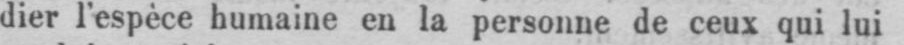
dier l’espèce humaine en la personne de ceux qui lui